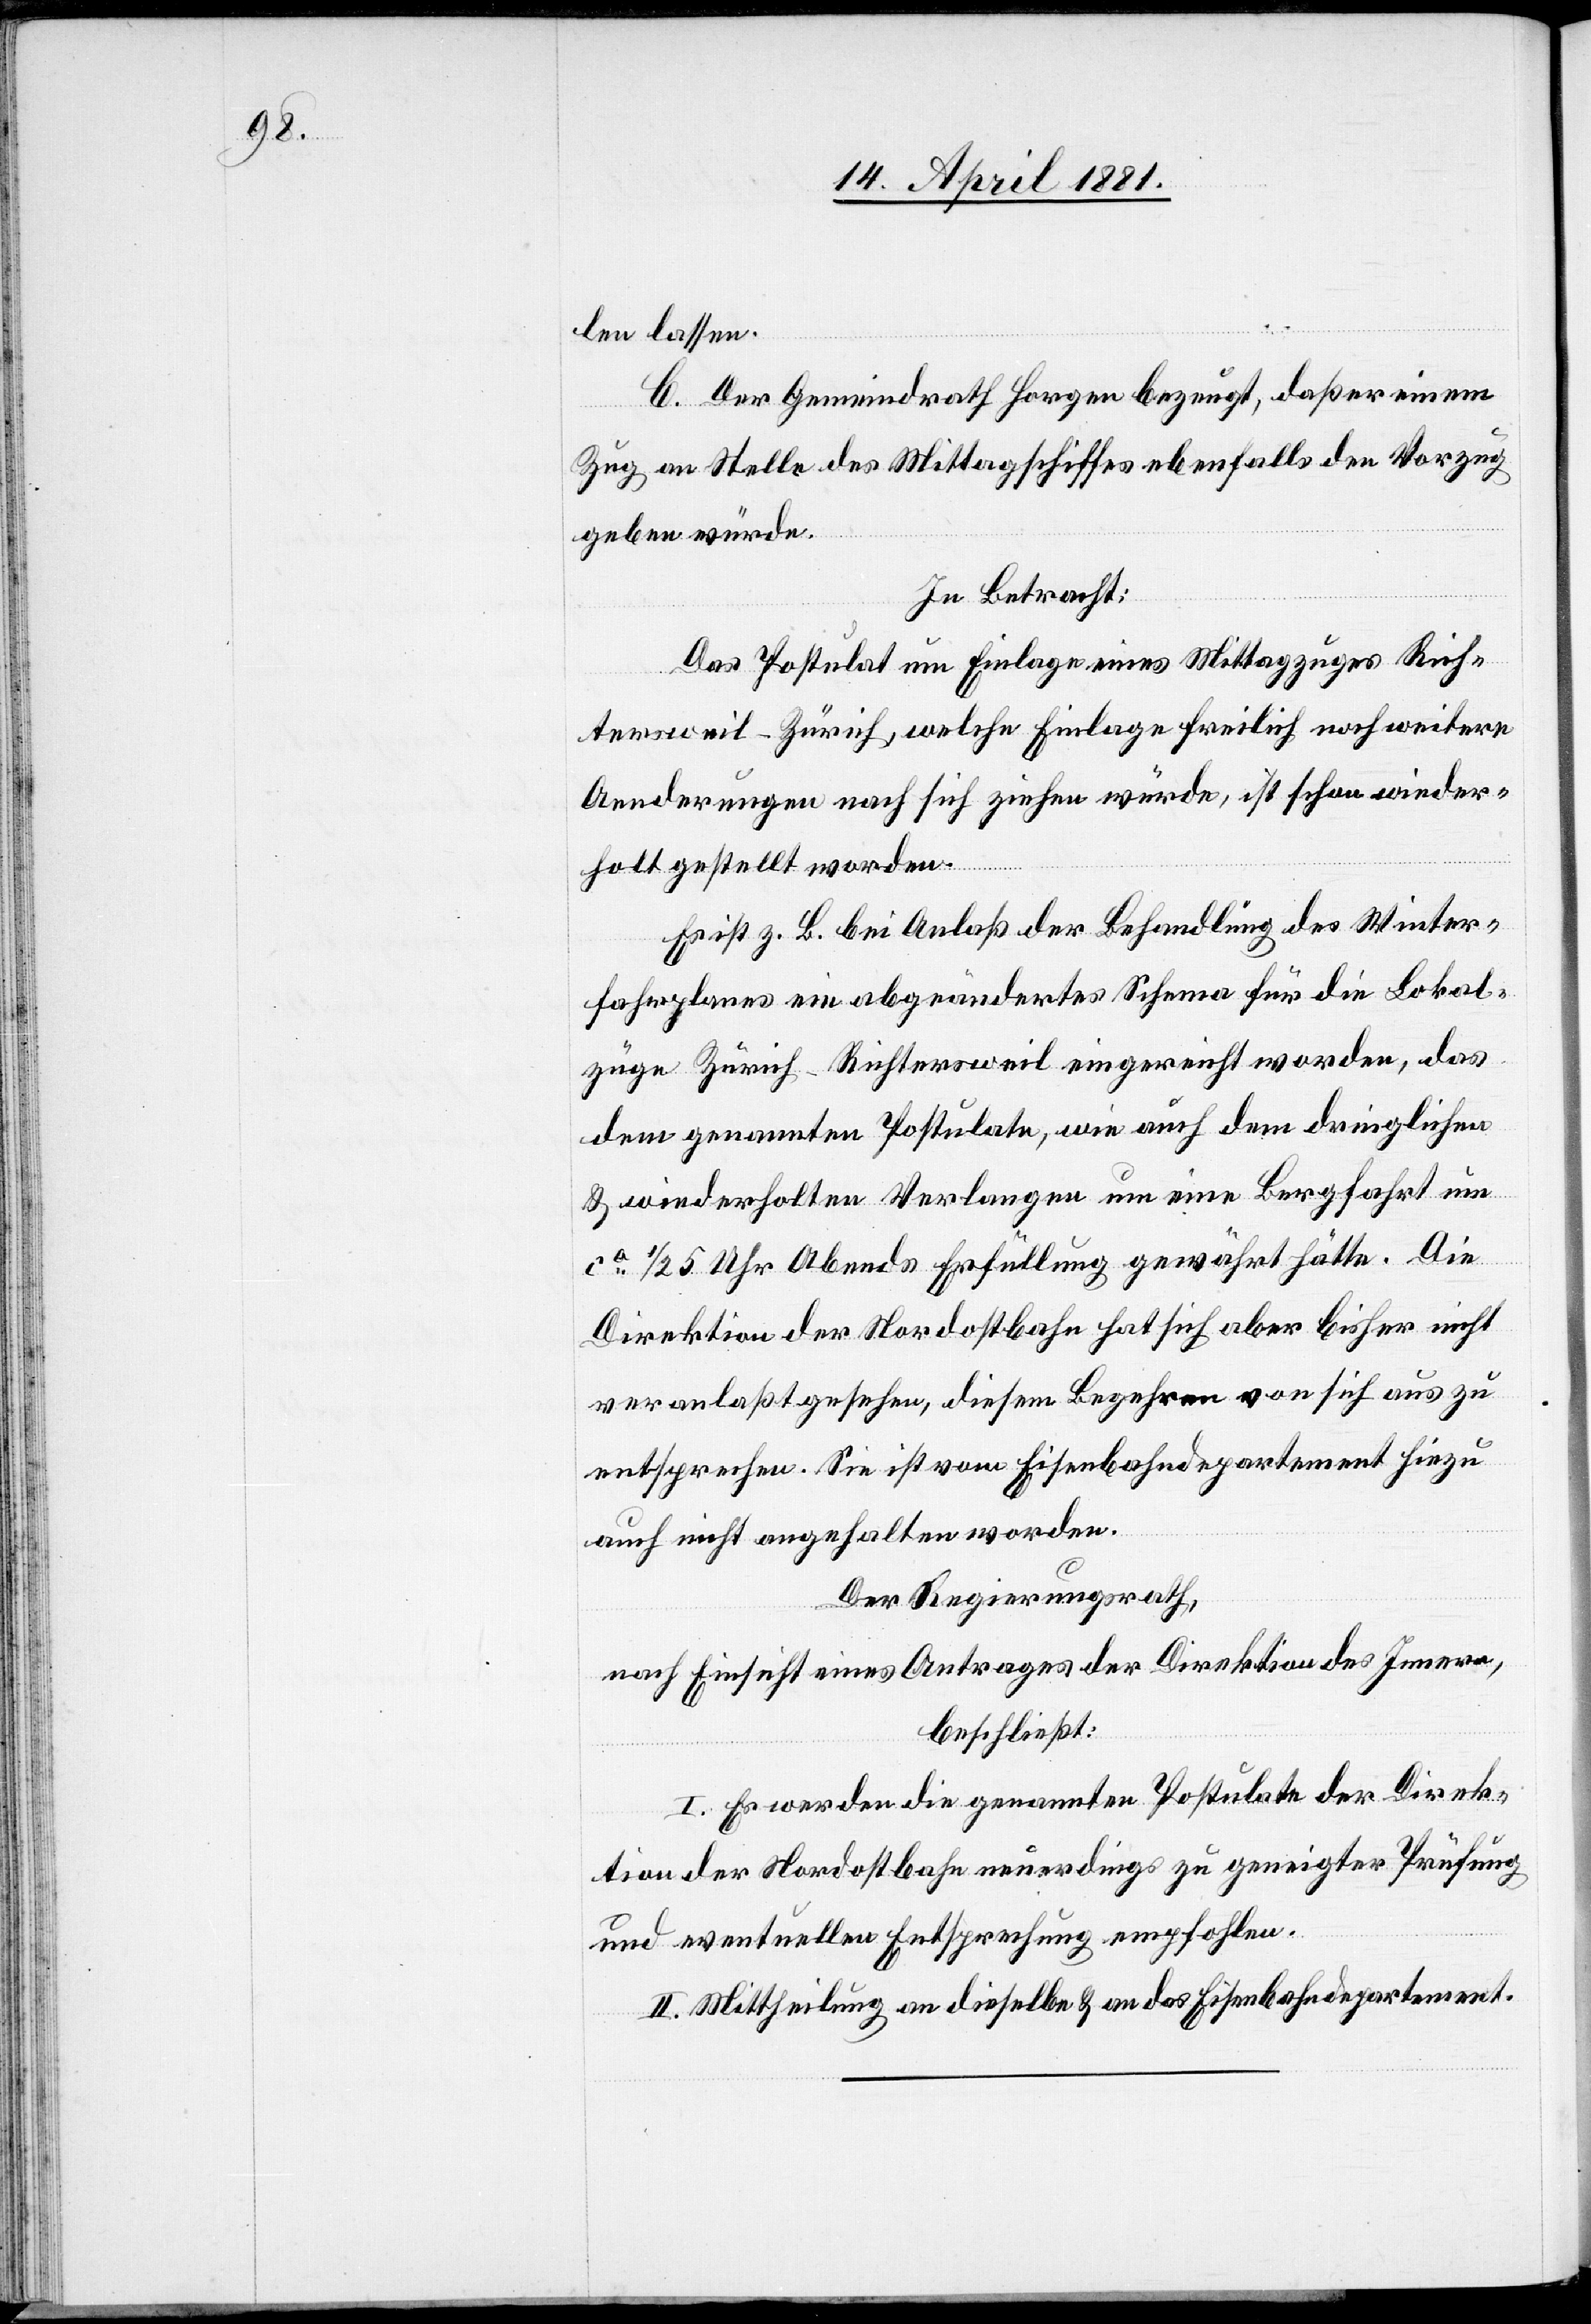
len lassen.
C. Der Gemeindrath Horgen bezeugt, daß er einem
Zug an Stelle des Mittagschiffes ebenfalls den Vorzug
geben würde.
In Betracht:
Das Postulat um Einlage eines Mittagszuges Rich¬
tersweil–Zürich, welche Einlage freilich noch weitere
Aenderungen nach sich ziehen würde, ist schon wieder¬
holt gestellt worden.
Es ist z. B. bei Anlaß der Behandlung des Winter¬
fahrplanes ein abgeändertes Schema für die Lokal¬
züge Zürich–Richtersweil eingereicht worden, das
dem genannten Postulate, wie auch dem dringlichen
& wiederholten Verlangen um eine Bergfahrt um
ca 1/2 5 Uhr Abends Erfüllung gewährt hätte. Die
Direktion der Nordostbahn hat sich aber bisher nicht
veranlaßt gesehen, diesem Begehren von sich aus zu
entsprechen. Sie ist vom Eisenbahndepartement hiezu
auch nicht angehalten worden.
Der Regierungsrath,
nach Einsicht eines Antrages der Direktion des Innern,
beschließt:
I. Es werden die genannten Postulate der Direk¬
tion der Nordostbahn neuerdings zu geneigter Prüfung
und eventuellen Entsprechung empfohlen.
II. Mittheilung an dieselbe & an das Eisenbahndepartement.